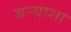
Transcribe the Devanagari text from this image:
बऱ्र्‍याशा